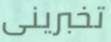
تخبرينى